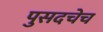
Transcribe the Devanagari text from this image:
पुसदचेच